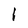
Character: l